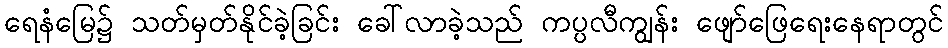
ရေနံမြေ၌ သတ်မှတ်နိုင်ခဲ့ခြင်း ခေါ်လာခဲ့သည် ကပ္ပလီကျွန်း ဖျော်ဖြေရေးနေရာတွင်